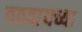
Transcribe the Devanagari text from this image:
वठवायच्या